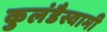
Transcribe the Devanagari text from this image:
कुलंडैस्वामी